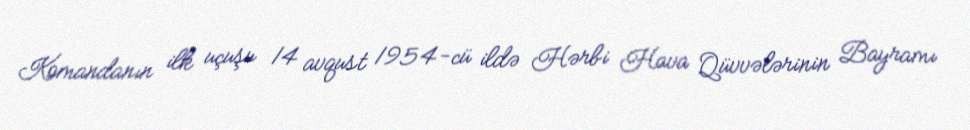
Komandanın ilk uçuşu 14 avqust 1954-cü ildə Hərbi Hava Qüvvələrinin Bayramı